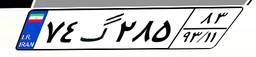
۷۴گ۲۸۵۸۳